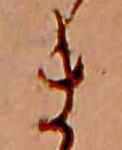
ま